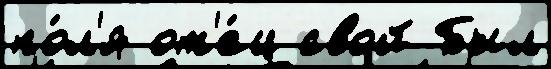
по́л'я от'е́ц свой Был